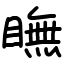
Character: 瞴